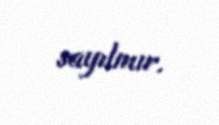
sayılmır.